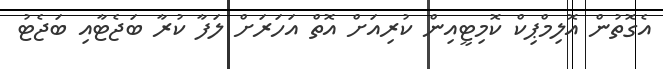
އެގޮތުން އޮލިމްޕިކް ކޮމިޓީއިން ކުރިއަށް އޮތް އަހަރަށް ލަފާ ކުރާ ބަޖެޓާއި ބަޖެޓު